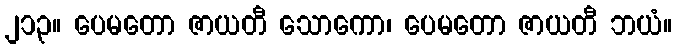
၂၁၃။ ပေမတော ဇာယတီ သောကော၊ ပေမတော ဇာယတီ ဘယံ။